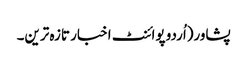
پشاور(اُردو پوائنٹ اخبار تازہ ترین۔